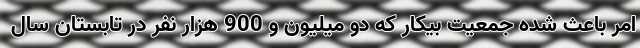
امر باعث شده جمعیت بیکار که دو میلیون و 900 هزار نفر در تابستان سال